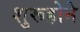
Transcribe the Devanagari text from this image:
शुरूहोने